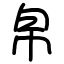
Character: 帛